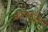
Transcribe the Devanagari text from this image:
ज्वालामुखियां